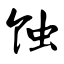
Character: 蚀